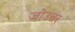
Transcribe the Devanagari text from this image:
जोउत्तर